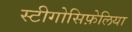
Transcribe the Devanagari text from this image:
स्टीगोसिफ़ेलिया